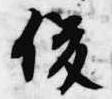
俊